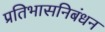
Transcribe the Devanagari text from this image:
प्रतिभासनिबंधन